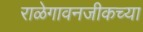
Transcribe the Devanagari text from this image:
राळेगावनजीकच्या